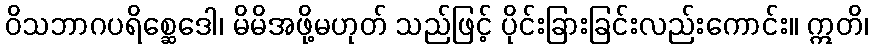
ဝိသဘာဂပရိစ္ဆေဒေါ၊ မိမိအဖို့မဟုတ် သည်ဖြင့် ပိုင်းခြားခြင်းလည်းကောင်း။ ဣတိ၊